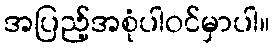
အပြည့်အစုံပါဝင်မှာပါ။